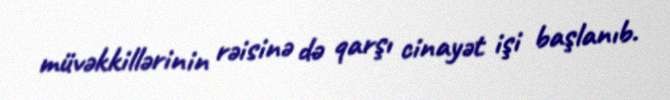
müvəkkillərinin rəisinə də qarşı cinayət işi başlanıb.